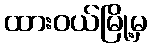
ထားဝယ်မြို့မှ